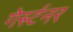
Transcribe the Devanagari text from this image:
गेर्स्टनर